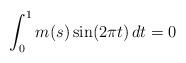
LaTeX: \begin{align*}\int_{0}^{1} m(s)\sin(2\pi t)\,dt = 0\end{align*}